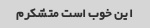
این خوب است متشکرم